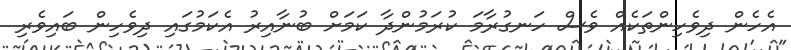
އެހެން ދިވެހިންތަކެއް ވެސް ހަނގުރާމަ ކުރަމުންދާ ކަމަށް ބުނާއިރު އެކަމުގައި ދިވެހިން ބައިވެރި